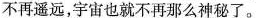
不再遥远，宇宙也就不再那么神秘了。